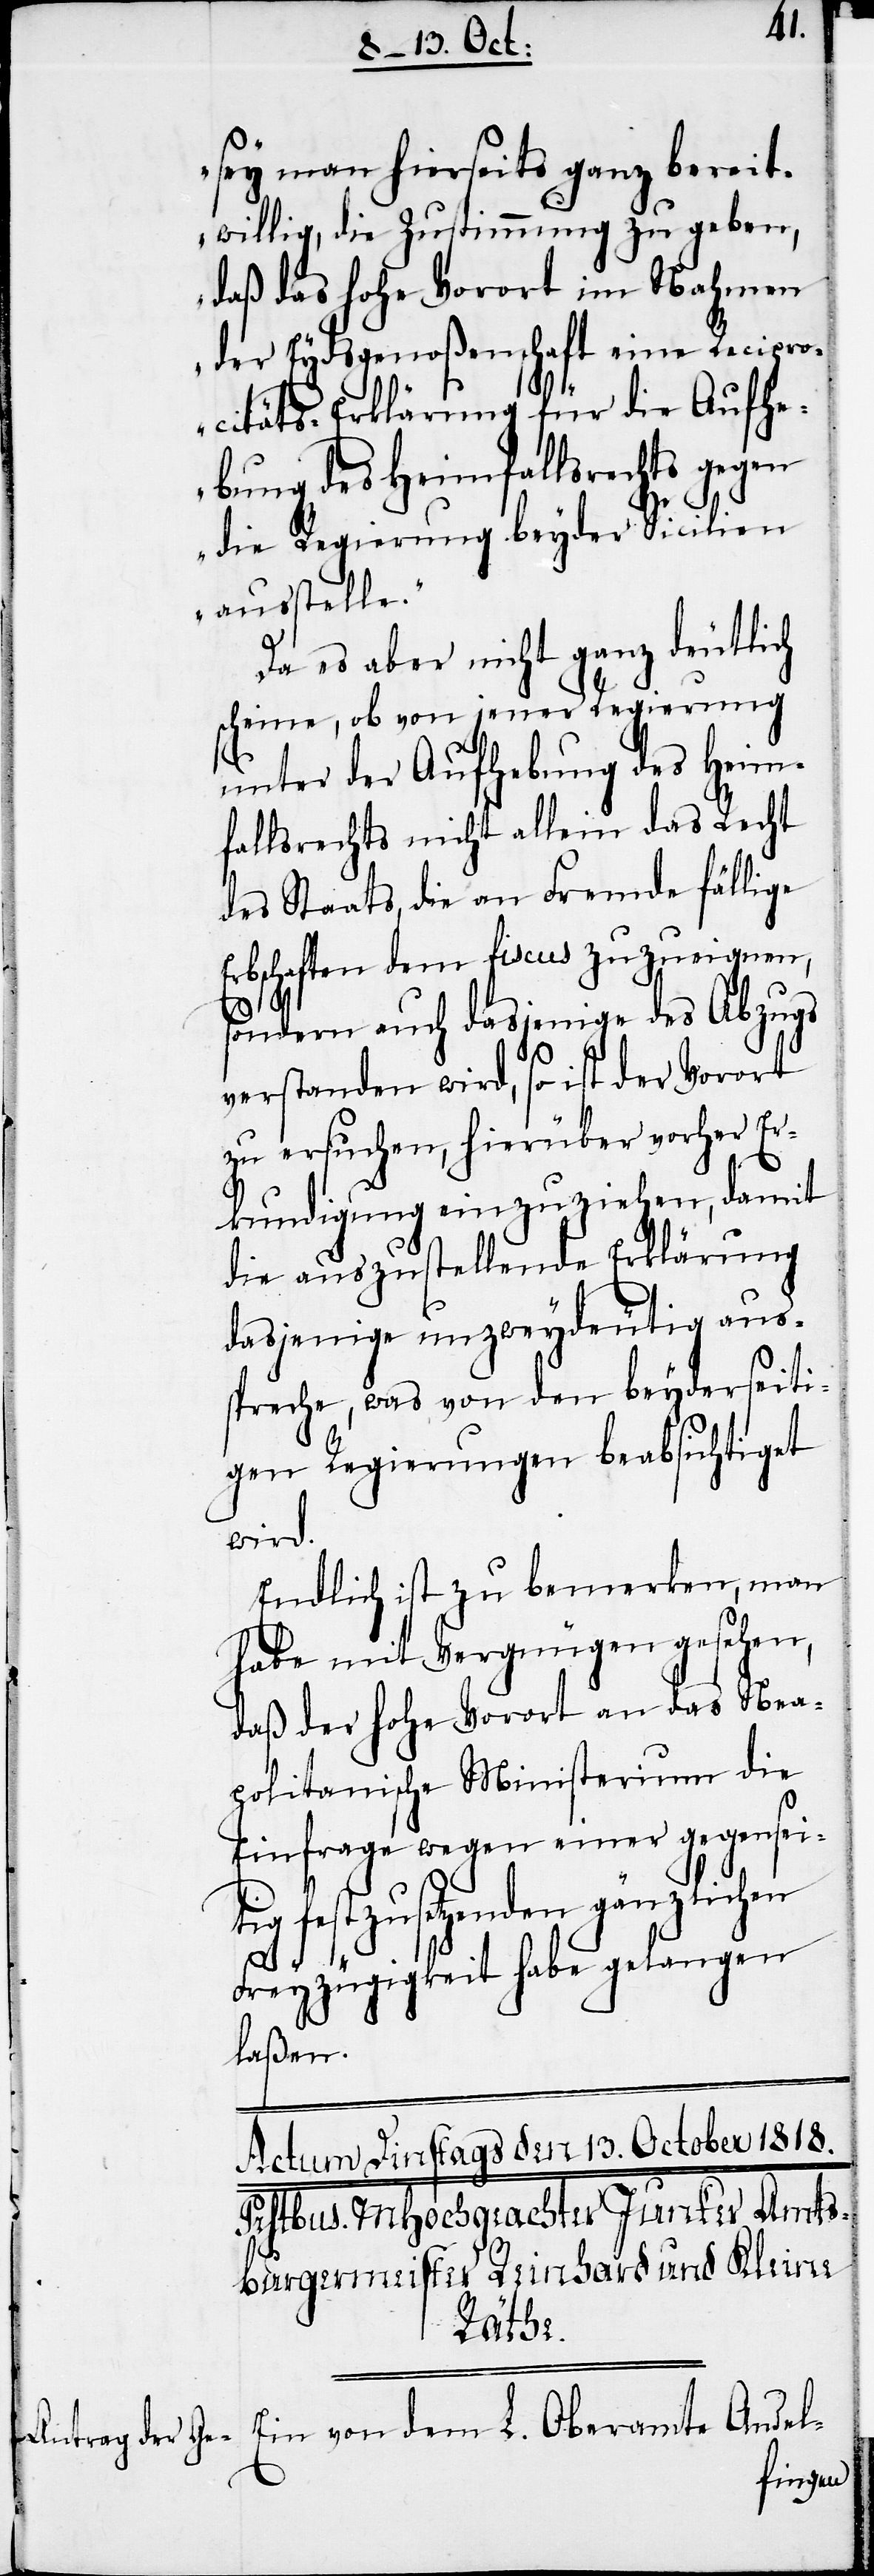
sey man hierseits ganz bereit¬
willig, die Zustimmung zu geben,
daß das hohe Vorort im Nahmen
der Eydsgenoßenschaft eine Recipro¬
citäts-Erklärung für die Aufhe¬
bung des Heimfallsrechts gegen
die Regierung beyder Sicilien
ausstelle.“
Da es aber nicht ganz deutlich
scheine, ob von jener Regierung
unter der Aufhebung des Heim¬
fallsrechts nicht allein das Recht
des Staats, die an Fremde fällige
Erbschaften dem fiscus zuzueignen,
sondern auch dasjenige des Abzugs
verstanden wird, so ist der Vorort
zu ersuchen, hierüber vorher Er¬
kundigung einzuziehen, damit
die auszustellende Erklärung
dasjenige unzweydeutig aus¬
spreche, was von den beyderseiti¬
gen Regierungen beabsichtiget
wird.
Endlich ist zu bemerken, man
habe mit Vergnügen gesehen,
daß der hohe Vorort an das Nea¬
politanische Ministerium die
Einfrage wegen einer gegensei¬
tig festzusetzenden gänzlichen
Freyzügigkeit habe gelangen
laßen.
Ein von dem L. Oberamte Andel-